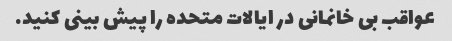
عواقب بی خانمانی در ایالات متحده را پیش بینی کنید.